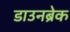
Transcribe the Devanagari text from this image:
डाउनब्रेक